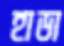
হাডা